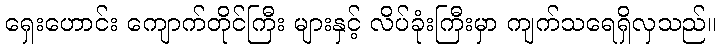
ရှေးဟောင်း ကျောက်တိုင်ကြီး များနှင့် လိပ်ခုံးကြီးမှာ ကျက်သရေရှိလှသည်။